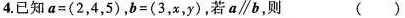
4.已知$$a = ( 2 ， 4 ， 5 )$$，$$b = ( 3 ， x ， y )$$，若a\parallel b，则 ( )